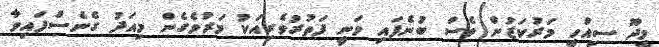
މީދޫ ސިއްހީ މަރުކަޒުން ވެސް ބުނެފައި ވަނީ ފަތުރުވެރިއަކު މަރުވެގެން މިއަދު ގެނެސްފައިވާ